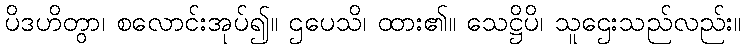
ပိဒဟိတွာ၊ စလောင်းအုပ်၍။ ဌပေသိ၊ ထား၏။ သေဋ္ဌိပိ၊ သူဌေးသည်လည်း။